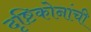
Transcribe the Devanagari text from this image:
दृष्टिकोनांची